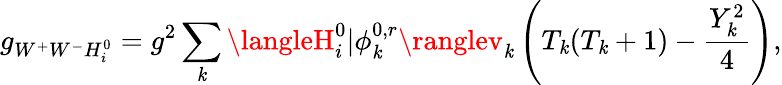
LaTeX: g_{W^{+}W^{-}H_{i}^{0}}=g^{2}\sum_{\mathit{k}}\langleH_{i}^{0}|\phi_{\mathit{k}}^{0,r}\ranglev_{\mathit{k}}\left(T_{\mathit{k}}(T_{\mathit{k}}+1)-\frac{{Y_{\mathit{k}}^{2}}}{{4}}\right),